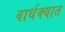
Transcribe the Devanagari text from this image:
वार्धक्यात